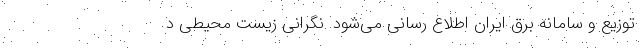
توزیع و سامانه برق ایران اطلاع رسانی می‌شود. نگرانی‌ زیست محیطی د